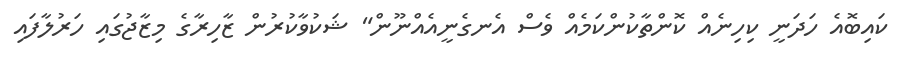
ކައިބޮއެ ހަދަނީ ކިހިނެއް ކޮންތާކުންކަމެއް ވެސް އެނގެނީއެއްނޫން" ޝަކުވާކުރުން ޒާހިރާގެ މިޒާޖުގައި ހަރުލާފައި